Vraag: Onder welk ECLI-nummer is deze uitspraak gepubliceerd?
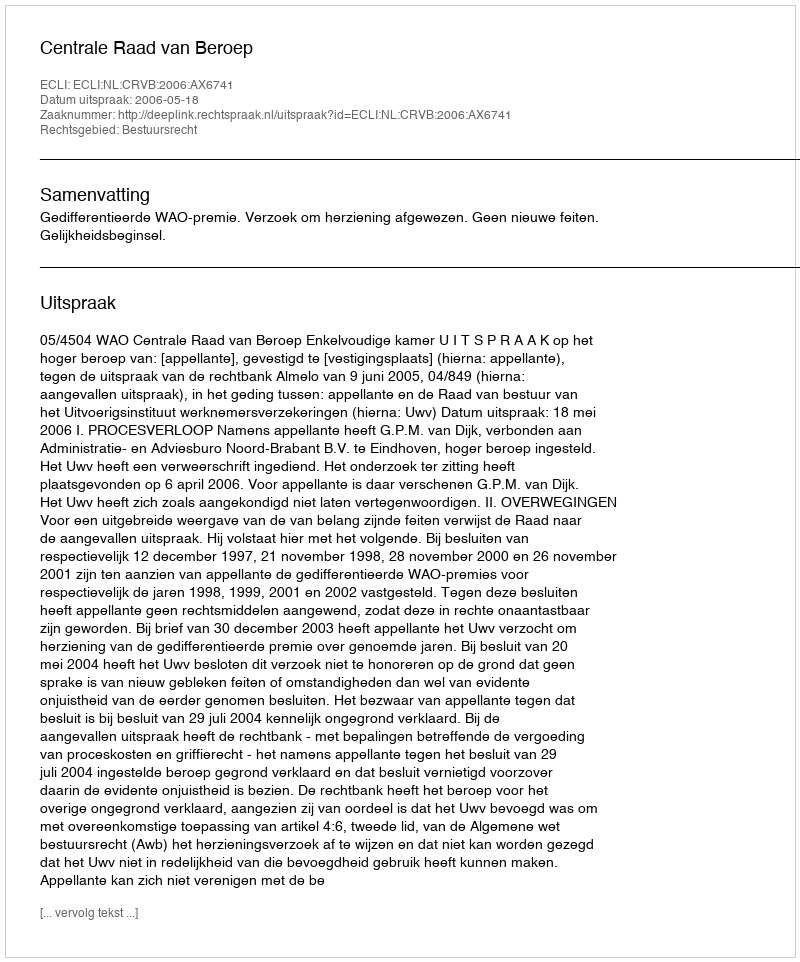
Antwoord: ECLI:NL:CRVB:2006:AX6741